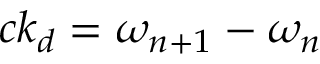
c k _ { d } = \omega _ { n + 1 } - \omega _ { n }